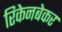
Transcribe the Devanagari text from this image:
रिकेनबेकर